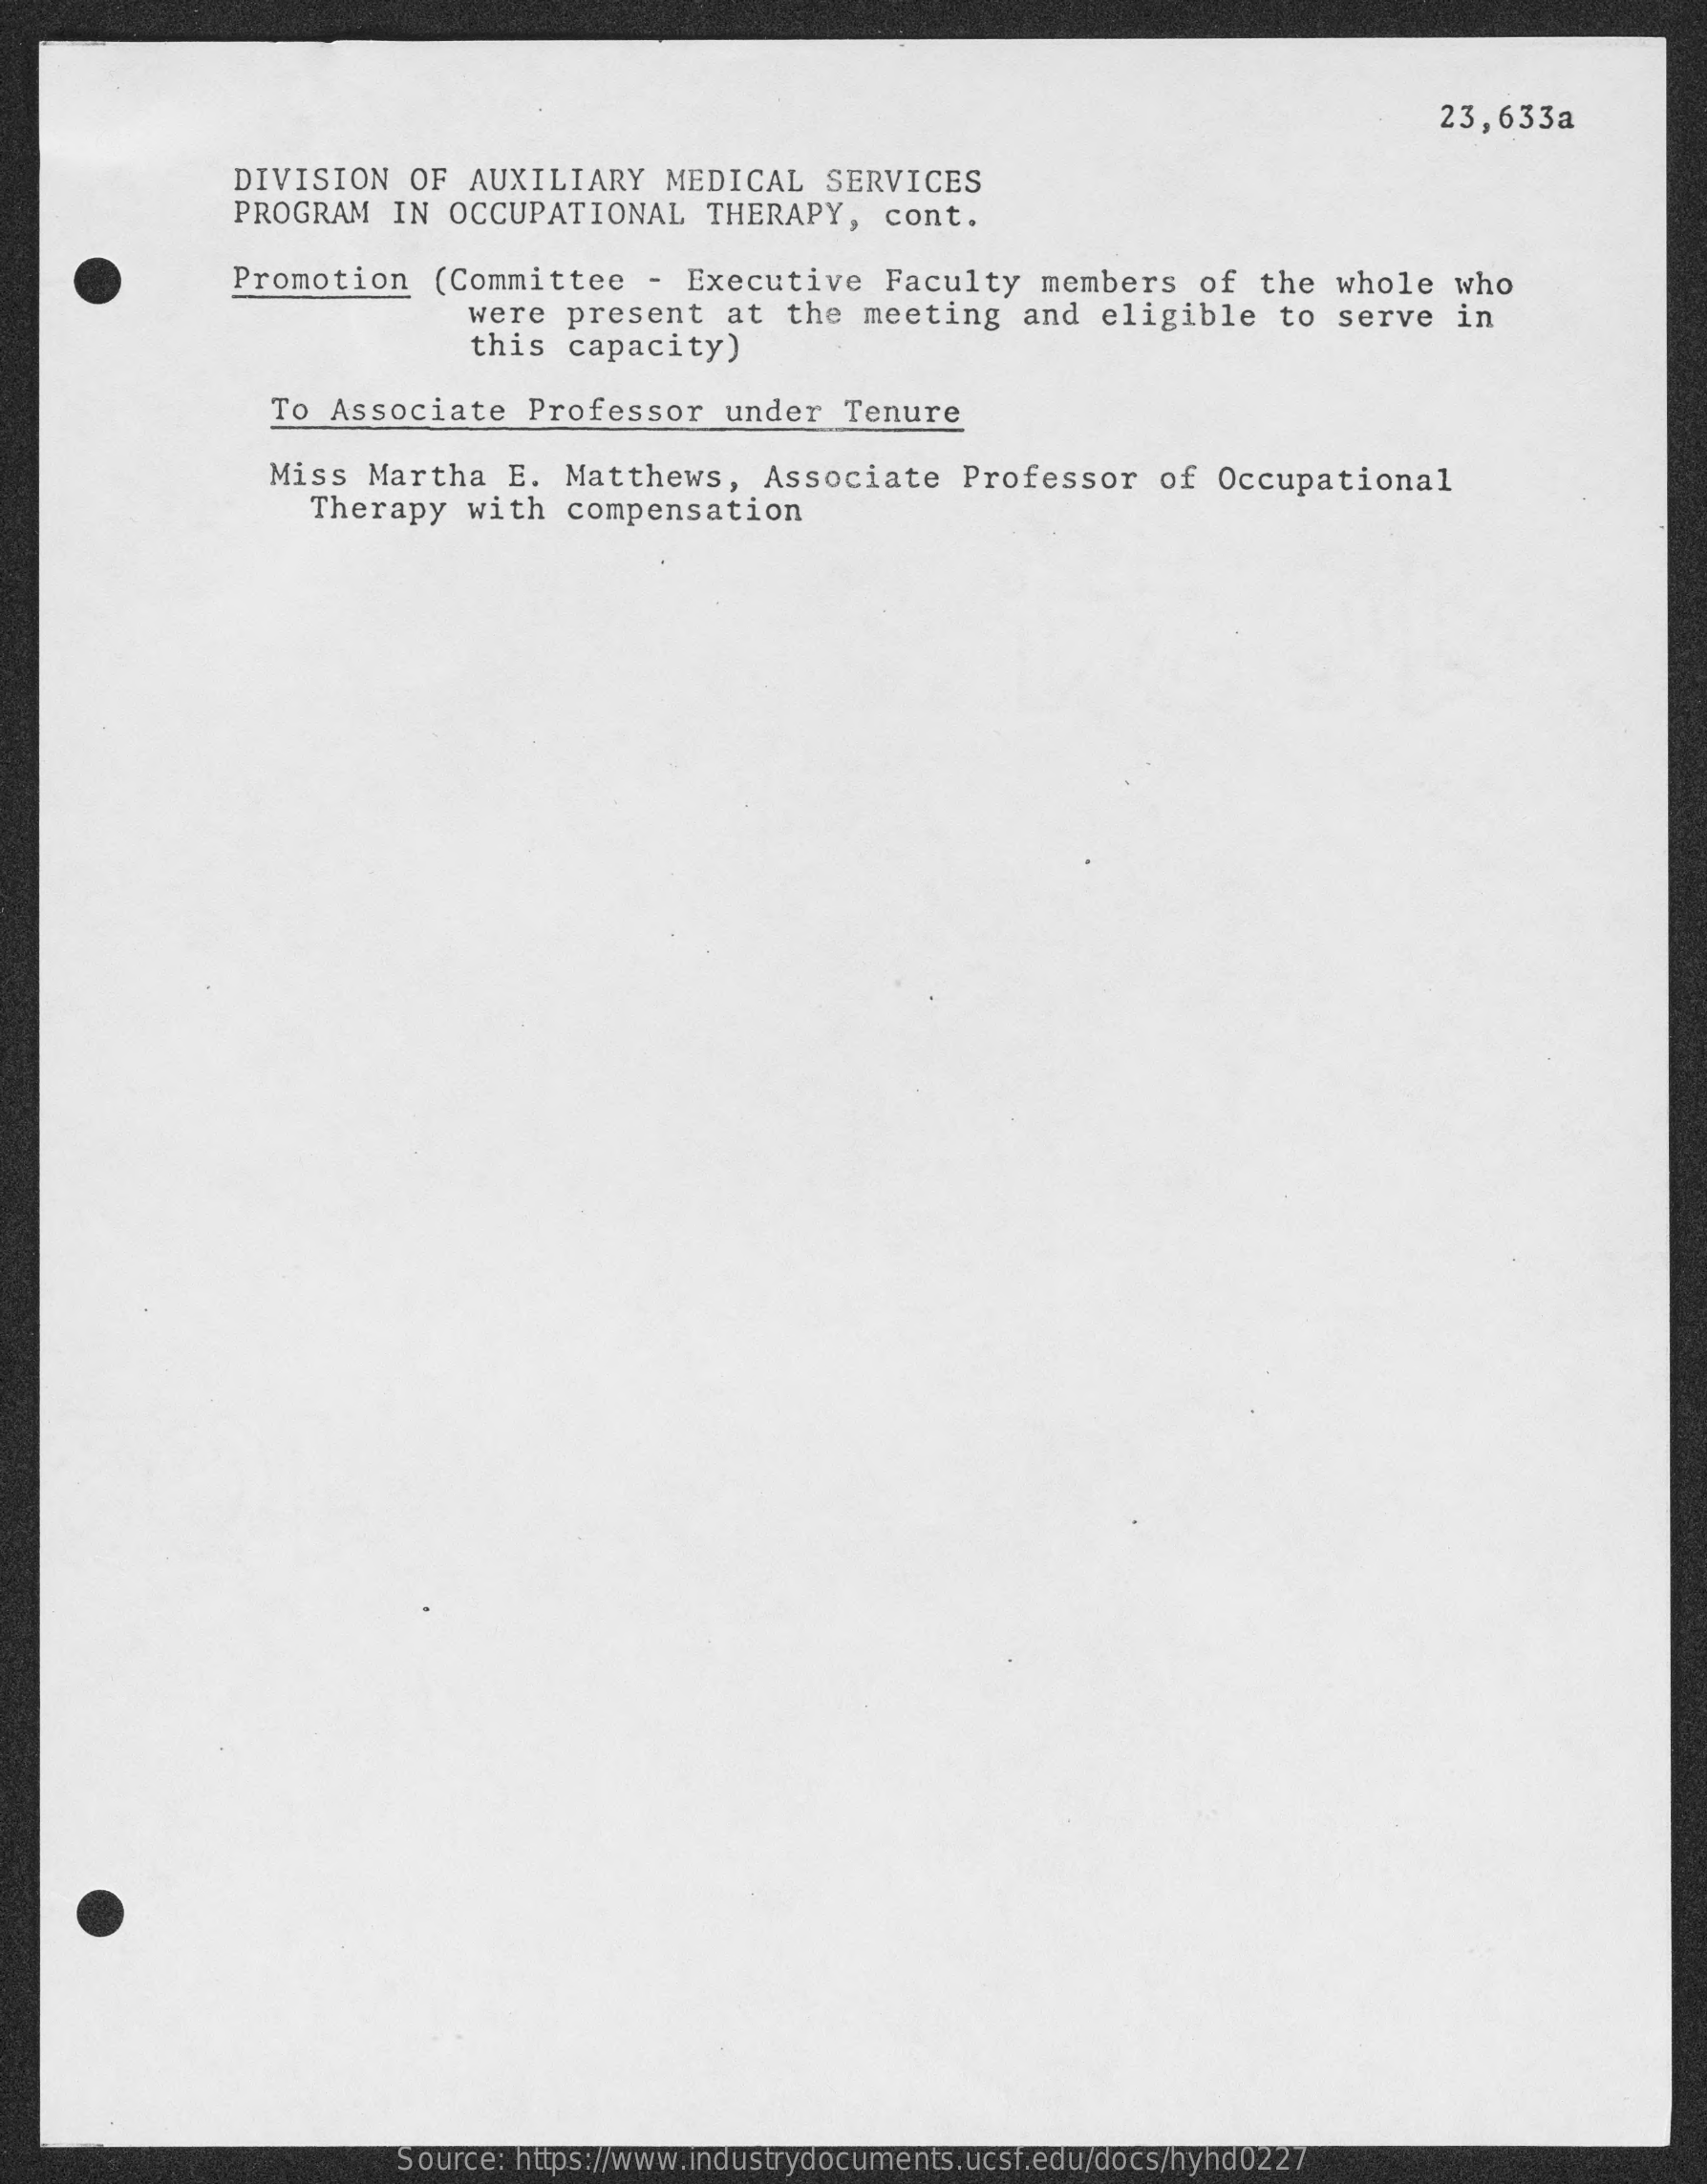
23,633a
     DIVISION   OF  AUXILIARY    MEDICAL   SERVICES
     PROGRAM   IN  OCCUPATIONAL    THERAPY,   cont.
     Promotion    (Committee    - Executive    Faculty   members    of  the  whole  who
     were  present   at  the  meeting   and  eligible    to  serve  in
     this  capacity)
     To Associate    Professor    under   Tenure
     Miss  Martha   E. Matthews,    Associate    Professor    of  Occupational
     Therapy   with   compensation
     Source: https://www.industrydocuments.ucsf.edu/docs/hyhd0227